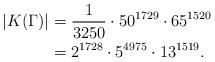
LaTeX: \begin{align*}|K(\Gamma)| &= \frac{1}{3250} \cdot 50^{1729} \cdot 65^{1520}\\&= 2^{1728} \cdot 5^{4975} \cdot 13^{1519}.\end{align*}